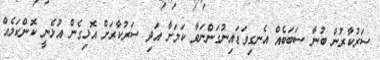
ސަރުކާރުން ބުނާ ސަބަބެއް އެނގިވަޑައިނުގަންނަވާ ކަމަށާ އަދި ސަރުކާރަށް އޮޅިގެން އުޅެނީ ކޮންކަމެއް